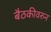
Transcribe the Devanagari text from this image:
बैठकीवरुन